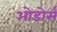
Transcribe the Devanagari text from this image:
ओडोर्स